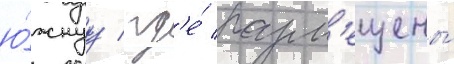
ю́жнуу / гд'е́ разм'ещены́